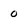
Character: O